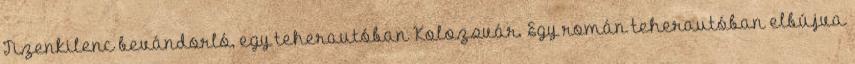
Tizenkilenc bevándorló, egy teherautóban Kolozsvár. Egy román teherautóban elbújva